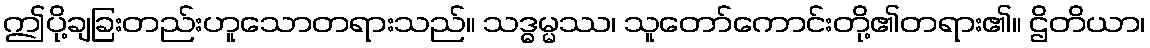
ဤပို့ချခြးတည်းဟူသောတရားသည်။ သဒ္ဓမ္မဿ၊ သူတော်ကောင်းတို့၏တရား၏။ ဌိတိယာ၊